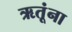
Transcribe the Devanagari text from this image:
ऋतूंना